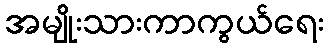
အမျိုးသားကာကွယ်ရေး